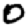
Digit: 0